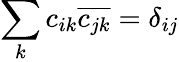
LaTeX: \sum_{k}c_{ik}\overline{{c_{jk}}}=\delta_{ij}